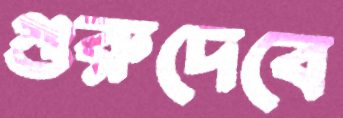
গুরুদেবে